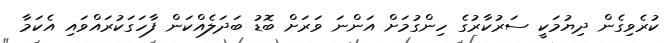
ކުރެވިގެން ދިޔުމަކީ ސަރުކާރުގެ ހިންގުމަށް އަންނަ ވަރަށް ބޮޑު ބަދަލެއްކަން ފާހަގަކުރައްވައި އެކަމާ